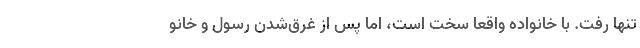
تنها رفت. با خانواده واقعا سخت است، اما پس از غرق‌شدن رسول و خانو